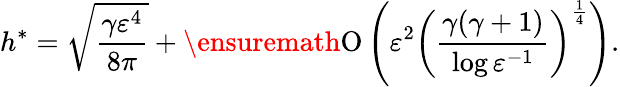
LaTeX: h^{\ast}=\sqrt[]{\frac{\gamma\varepsilon^{4}}{8\pi}}+\ensuremath{\operatorname{O}\left(\varepsilon^{2}\left(\frac{\gamma(\gamma+1)}{\log{{\varepsilon}^{-1}}}\right)^{\frac{1}{4}}\right)}.